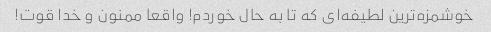
خوشمزه‌ترین لطیفه‌ای که تا به حال خوردم! واقعا ممنون و خدا قوت!